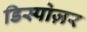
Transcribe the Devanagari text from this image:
डिस्पोज़र